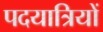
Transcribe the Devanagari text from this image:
पदयात्रियों